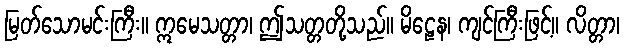
မြတ်သောမင်းကြီး။ ဣမေသတ္တာ၊ ဤသတ္တတို့သည်။ မိဠေန၊ ကျင်ကြီးဖြင့်။ လိတ္တာ၊